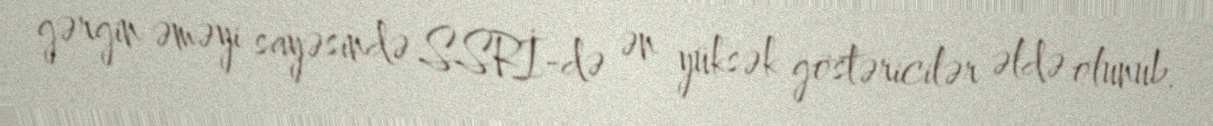
gərgin əməyi sayəsində SSRİ-də ən yüksək göstəricilər əldə olunub.